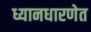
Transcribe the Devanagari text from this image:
ध्यानधारणेत